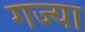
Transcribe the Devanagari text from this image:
गज्या